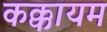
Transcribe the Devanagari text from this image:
कक्कायम